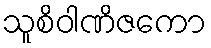
သူစိဝါဏိဇကော